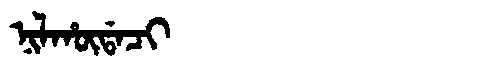
Manchu: ᠨᡳᠯᡥᡡᡩᠠᠴᡳ
Romanization: NILHŪDACI